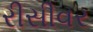
રીસીવર